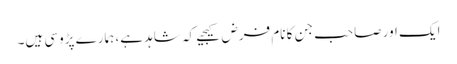
ایک اور صاحب جن کا نام فرض کیجیے کہ شاہد ہے، ہمارے پڑوسی ہیں۔